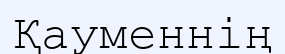
Қауменнің